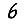
Digit: 6